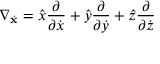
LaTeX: \nabla _ { \dot { \mathbf { x } } } = { \hat { x } } { \frac { \partial } { \partial { \dot { x } } } } + { \hat { y } } { \frac { \partial } { \partial { \dot { y } } } } + { \hat { z } } { \frac { \partial } { \partial { \dot { z } } } }